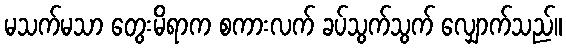
မသက်မသာ တွေးမိရာက စကားလက် ခပ်သွက်သွက် လျှောက်သည်။